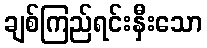
ချစ်ကြည်ရင်းနှီးသော